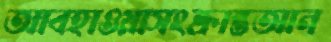
আবহাওয়াসংক্রান্তআন